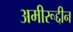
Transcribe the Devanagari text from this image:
अमीरूद्दीन